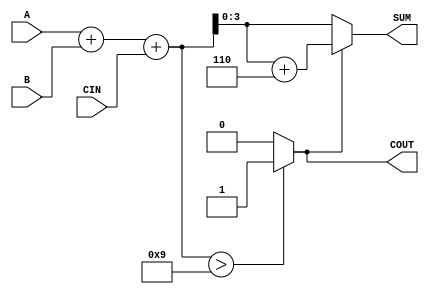
module BCD_Conditional_Adder (
    input  [3:0] A,    // First BCD digit input
    input  [3:0] B,    // Second BCD digit input
    input        CIN,   // Carry input
    output [3:0] SUM,   // BCD result of the addition
    output       COUT   // Carry output
);

    wire [4:0] S;      // 5-bit sum to accommodate carry
    wire [4:0] corrected_sum;

    // Step 1: Perform binary addition of A, B, and CIN
    assign S = A + B + CIN;

    // Step 2: Check if the result exceeds BCD range
    assign COUT = (S > 9) ? 1'b1 : 1'b0;

    // Step 3: Apply BCD correction if necessary
    assign corrected_sum = (COUT) ? S + 5'b0110 : S;

    // Step 4: Assign the final BCD result
    assign SUM = corrected_sum[3:0]; // Take lower 4 bits as SUM

endmodule